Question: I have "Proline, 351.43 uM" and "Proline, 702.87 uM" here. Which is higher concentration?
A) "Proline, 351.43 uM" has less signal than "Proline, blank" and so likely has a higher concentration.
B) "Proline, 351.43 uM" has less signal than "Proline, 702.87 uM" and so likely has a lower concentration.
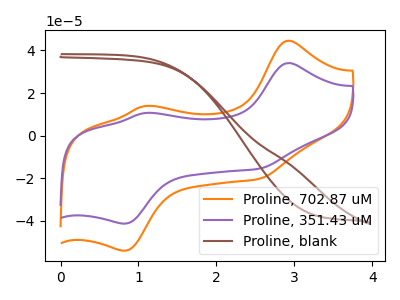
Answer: <think>The orange curve "Proline, 702.87 uM" has anodic peaks at (2.90V, 44.55uA) (1.10V, 13.90uA) and cathodic peaks at (2.55V, -20.30uA) (0.80V, -54.05uA). The purple curve "Proline, 351.43 uM" has anodic peaks at (2.90V, 34.05uA) (1.10V, 10.65uA) and cathodic peaks at (2.55V, -15.50uA) (0.80V, -41.30uA). The brown curve "Proline, blank" has no peaks.
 All the peaks in "Proline, 351.43 uM" have a peak in "Proline, 702.87 uM" at the same potential. Every peak in "Proline, 351.43 uM" is lower than every peak in "Proline, 702.87 uM".</think>
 <answer>B) "Proline, 351.43 uM" has less signal than "Proline, 702.87 uM" and so likely has a lower concentration.</answer>
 <eval>B</eval>